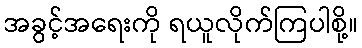
အခွင့်အရေးကို ရယူလိုက်ကြပါစို့။